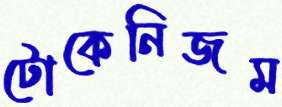
টোকেনিজম